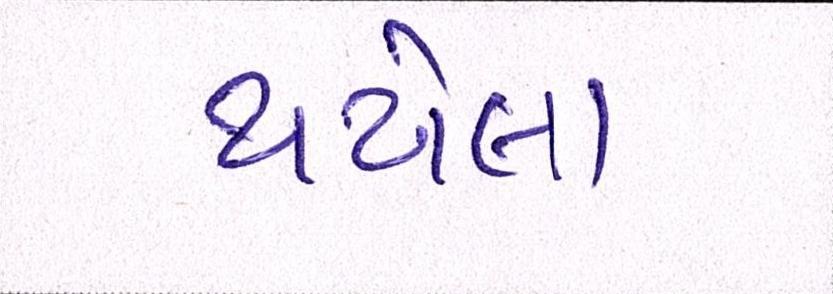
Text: થએલા